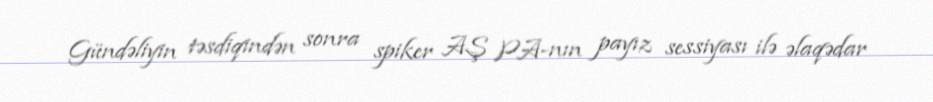
Gündəliyin təsdiqindən sonra spiker AŞ PA-nın payız sessiyası ilə əlaqədar